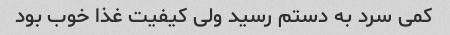
کمی سرد به دستم رسید ولی کیفیت غذا خوب بود